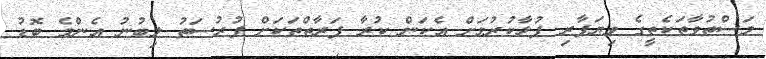
މަސްތުވާތަކެތީގެ ވިޔަފާރި ފުޅާކުރުމަށް އެކަން ކުރާ ފަރާތްތަކަށް ފުރުސަތު ލިބުނު އެންމެ ބޮޑު